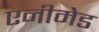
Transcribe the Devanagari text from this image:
एनीमेड